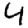
Digit: 4